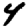
Digit: 4